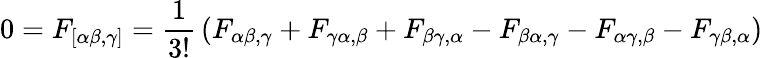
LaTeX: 0=F_{[\alpha\beta,\gamma]}={\frac{1}{3!}}\left(F_{\alpha\beta,\gamma}+F_{\gamma\alpha,\beta}+F_{\beta\gamma,\alpha}-F_{\beta\alpha,\gamma}-F_{\alpha\gamma,\beta}-F_{\gamma\beta,\alpha}\right)